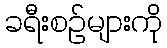
ခရီးစဉ်များကို